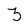
Character: 3